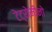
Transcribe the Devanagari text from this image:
टेट्रोमीनो